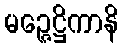
မဉ္ဇေဋ္ဌိကာနိ